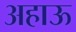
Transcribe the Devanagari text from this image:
अहाऊ